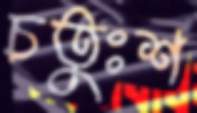
চতুঃশ